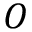
O